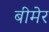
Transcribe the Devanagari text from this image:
बीमेर